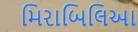
મિરાબિલિઆ